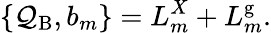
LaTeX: \{ \mathcal{Q}_{\mathrm{{B}}},b_{m}\} =L_{m}^{X}+L_{m}^{\mathrm{{g}}}.